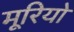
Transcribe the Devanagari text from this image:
मूरियो